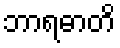
ဘာရဓာတိ